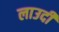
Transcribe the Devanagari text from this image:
लाउदी